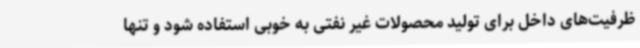
ظرفیت‌های داخل برای تولید محصولات غیر نفتی به خوبی استفاده شود و تنها